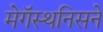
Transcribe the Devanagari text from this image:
मेगॅस्थनिसने